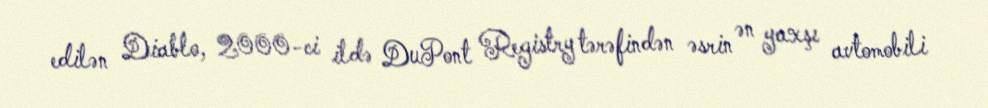
edilən Diablo, 2000-ci ildə DuPont Registry tərəfindən əsrin ən yaxşı avtomobili